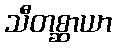
သီတစ္ဆာယာ